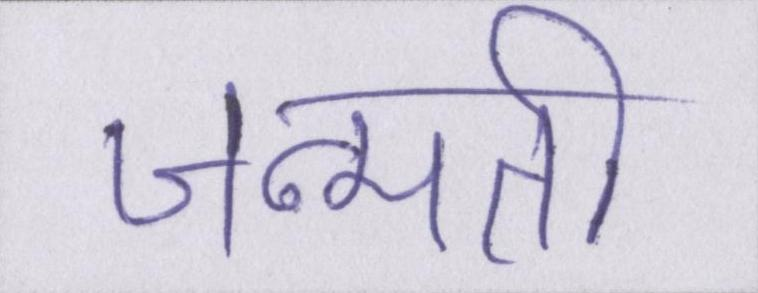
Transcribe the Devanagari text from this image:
जन्मती